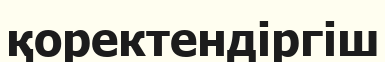
қоректендіргіш